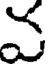
వ